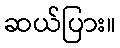
ဆယ်ပြား။